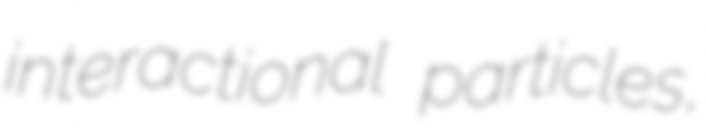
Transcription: interactional particles,